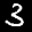
Label: 3